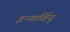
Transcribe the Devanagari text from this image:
इन्तार्वियु